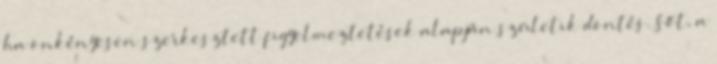
ha önkényesen szerkesztett figyelmeztetések alapján születik döntés. Sőt, a